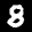
Label: 8